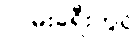
လမ်းခရီးတွင်